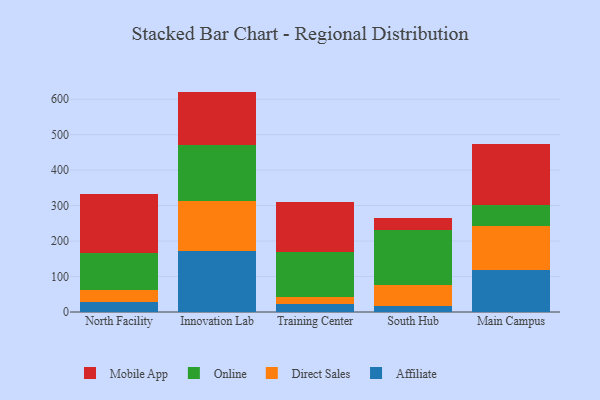
{"axis": {"x": "Campus", "y": "Revenue (USD Million)"}, "legend": ["Affiliate", "Direct Sales", "Mobile App", "Online"], "data": [{"x": "North Facility", "y": 27.9, "type": "Affiliate"}, {"x": "North Facility", "y": 35.3, "type": "Direct Sales"}, {"x": "North Facility", "y": 103.3, "type": "Online"}, {"x": "North Facility", "y": 166.5, "type": "Mobile App"}, {"x": "Innovation Lab", "y": 171.2, "type": "Affiliate"}, {"x": "Innovation Lab", "y": 141.5, "type": "Direct Sales"}, {"x": "Innovation Lab", "y": 157.3, "type": "Online"}, {"x": "Innovation Lab", "y": 151.5, "type": "Mobile App"}, {"x": "Training Center", "y": 22.5, "type": "Affiliate"}, {"x": "Training Center", "y": 18.8, "type": "Direct Sales"}, {"x": "Training Center", "y": 127.1, "type": "Online"}, {"x": "Training Center", "y": 140.5, "type": "Mobile App"}, {"x": "South Hub", "y": 17.4, "type": "Affiliate"}, {"x": "South Hub", "y": 58.3, "type": "Direct Sales"}, {"x": "South Hub", "y": 156.2, "type": "Online"}, {"x": "South Hub", "y": 34.4, "type": "Mobile App"}, {"x": "Main Campus", "y": 118.8, "type": "Affiliate"}, {"x": "Main Campus", "y": 124.9, "type": "Direct Sales"}, {"x": "Main Campus", "y": 58.7, "type": "Online"}, {"x": "Main Campus", "y": 171.4, "type": "Mobile App"}]}